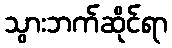
သွားဘက်ဆိုင်ရာ